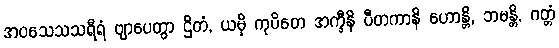
အဝသေသသရီရံ ဗျာပေတွာ ဌိတံ, ယမှိ ကုပိတေ အက္ခီနိ ပီတကာနိ ဟောန္တိ, ဘမန္တိ, ဂတ္တံ